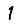
Digit: 1